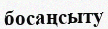
босаңсыту